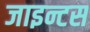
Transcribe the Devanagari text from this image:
जाइन्टस